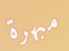
مبهرة